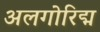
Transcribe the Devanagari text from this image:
अलगोरिद्म